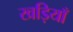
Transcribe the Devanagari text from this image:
खड़ियाँ